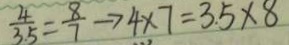
\frac { 4 } { 3 . 5 } = \frac { 8 } { 7 } \rightarrow 4 \times 7 = 3 . 5 \times 8